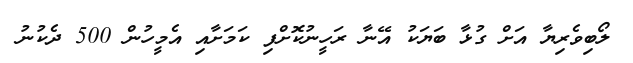
ލޯބިވެރިޔާ އަށް ގުޅާ ބަޔަކު އޭނާ ރަހީނުކޮށްފި ކަމަށާއި އެމީހުން 500 ދެކުނު